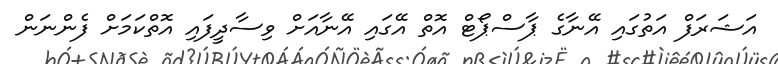
އަޝަރަފް އަތުގައި އޭނާގެ ޕާސްޕޯޓް އޮތް އޭގައި އޭނާއަށް ވިސާދީފައި އޮތްކަމަށް ފެންނަން